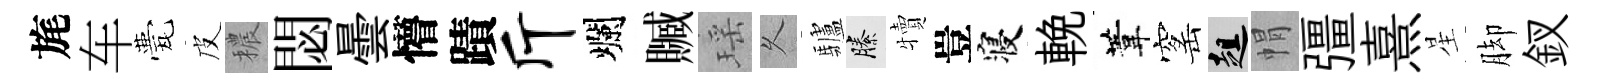
旄车甍皮穠閟曇懵蹟斤爛贓瑶乆驢縢犢豈寝輓葦窰趄㡌彊熹星脚釵